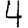
Digit: 4